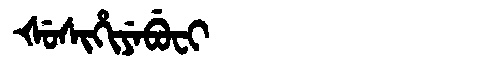
Manchu: ᡧᡠᠰᡳᡥᡳᠶᡝᠪᡠᠸᡳ
Romanization: ŠUSIHIYEBUFI